Source: Handwritten
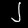
Digit: ၂ (2)